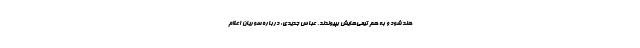
هند شود و به هم تیمی‌هایش بپیوندند. عباس جدیدی: درباره سوریان اعلام